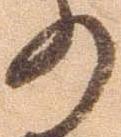
の